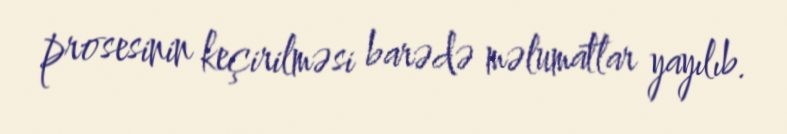
prosesinin keçirilməsi barədə məlumatlar yayılıb.